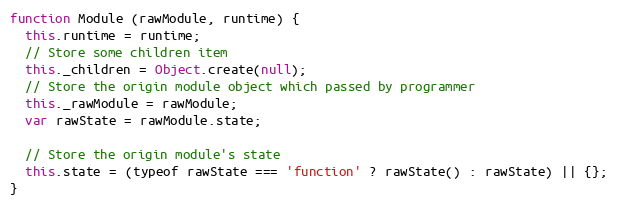
Language: JavaScript
function Module (rawModule, runtime) {
  this.runtime = runtime;
  // Store some children item
  this._children = Object.create(null);
  // Store the origin module object which passed by programmer
  this._rawModule = rawModule;
  var rawState = rawModule.state;

  // Store the origin module's state
  this.state = (typeof rawState === 'function' ? rawState() : rawState) || {};
}